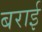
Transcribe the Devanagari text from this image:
बराई